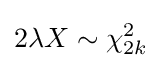
2\lambda X\sim \chi _{2k}^{2}